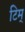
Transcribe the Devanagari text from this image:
टिम्